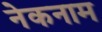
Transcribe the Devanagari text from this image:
नेकनाम